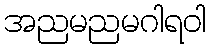
အညမညမဂါရဝါ